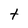
Character: t